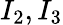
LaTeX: I_{2},I_{3}